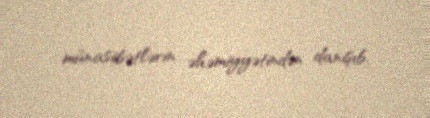
münasibətlərin əhəmiyyətindən danışıb.